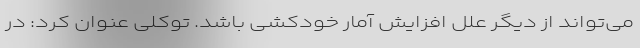
می‌تواند از دیگر علل افزایش آمار خودکشی باشد. توکلی عنوان کرد: در